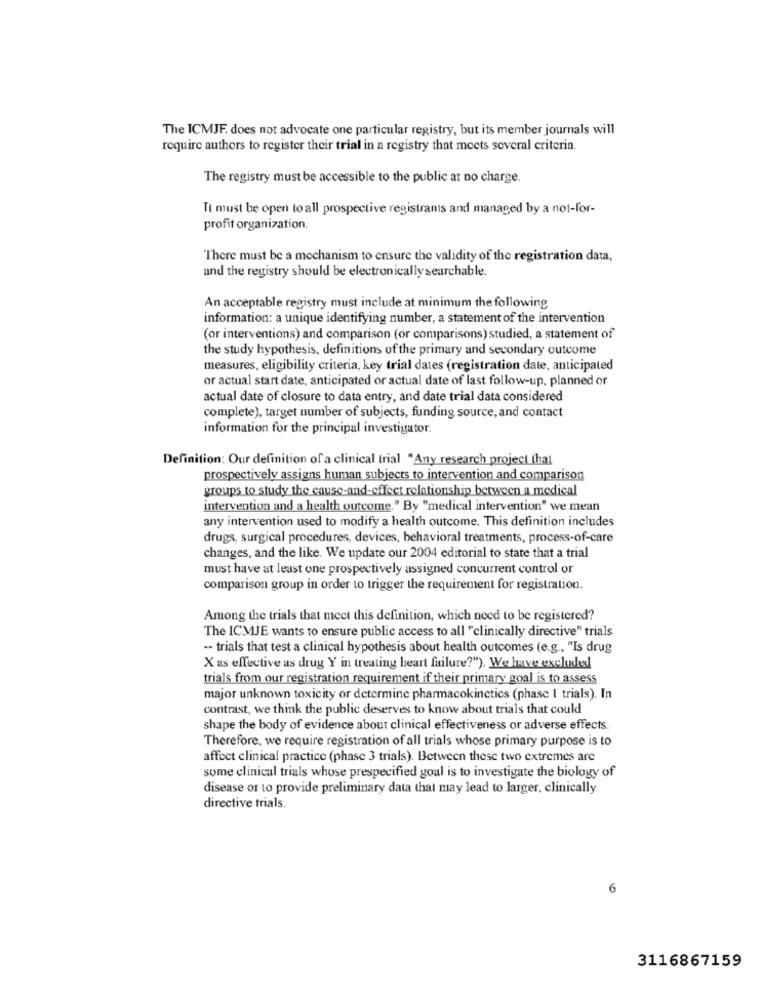
The ICMJE, does not advocate one particular registry, but its member journals will
require authors to register their trial in a registry that meets several criteria.
The registry must be accessible to the public at no charge.
Tt must be open to all prospective registrants and managed by a not-for-
profit organization.
There must be a mechanism to ensure the validity of the registration data,
and the registry should be electronically searchable.
An acceptable registry must include at minimum the following
information: a unique identifying number, a statement of the intervention
(or interventions) and comparison (or comparisons) studied, a statement of
the study hypothesis, definitions of the primary and secondary outcome
measures, eligibility criteria, key trial dates (registration date, anticipated
or actual start date, anticipated or actual date of last follow-up, planned or
actual date of closure to data entry, and date trial data considered
complete), target number of subjects, funding source, and contact
information for the principal investigator.
Definition: Our definition of a clinical trial "Any research project (hal
prospectively assigns human subjects to intervention and comparison
groups to study the cause-and-effect relationship between a medical
intervention and a health outcome." By "medical intervention" we mean
any intervention used to modify a health outcome. This definition includes
drugs, surgical procedures, devices, behavioral treatments, process-of-care
changes, and the like. We update our 2004 editorial to state that a trial
must have at least one prospectively assigned concurrent control or
comparison group in order to trigger the requirement for registration.
Among the trials that meet this definition, which need to be registered?
The ICMJE wants to ensure public access to all "clinically directive" trials
-- trials that test a clinical hypothesis about health outcomes (e.g ., "Is drug
X us effective us drug Y in treating heart failure?"). We have exclude!
trials from our registration requirement if their primary goal is to assess
major unknown toxicity or determine pharmacokinetics (phase I trials). In
contrast, we think the public deserves to know about trials that could
shape the body of evidence about clinical effectiveness or adverse effects.
Therefore, we require registration of all trials whose primary purpose is to
affect clinical practice (phase 3 trials). Between these two extremes are
some clinical trials whose prespecified goal is to investigate the biology of
disease or to provide preliminary data that may lead to larger, clinically
directive trials.
6
3116867159